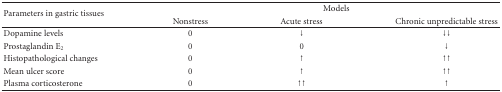
<table><thead><tr><td rowspan="2"><b>Parameters in gastric tissues</b></td><td colspan="3"><b>Models</b></td></tr><tr><td><b>Nonstress</b></td><td><b>Acute stress</b></td><td><b>Chronic unpredictable stress</b></td></tr></thead><tbody><tr><td>Dopamine levels</td><td>0</td><td>↓</td><td>↓↓</td></tr><tr><td>Prostaglandin E<sub>2</sub></td><td>0</td><td>0</td><td>↓</td></tr><tr><td>Histopathological changes</td><td>0</td><td>↑</td><td>↑↑</td></tr><tr><td>Mean ulcer score</td><td>0</td><td>↑</td><td>↑↑</td></tr><tr><td>Plasma corticosterone</td><td>0</td><td>↑↑</td><td>↑</td></tr></tbody></table>